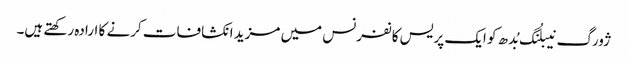
ژورگ نیبلُنگ بُدھ کو ایک پریس کانفرنس میں مزید انکشافات کرنے کا ارادہ رکھتے ہیں۔